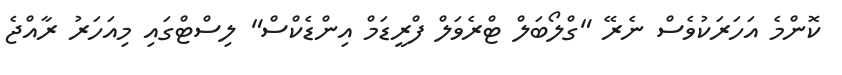
ކޮންމެ އަހަރަކުވެސް ނެރޭ "ގްލޯބަލް ޓްރެވަލް ފްރީޑަމް އިންޑެކްސް" ލިސްޓްގައި މިއަހަރު ރާއްޖެ